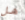
هل